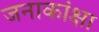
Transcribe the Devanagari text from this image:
जनाकांक्षा